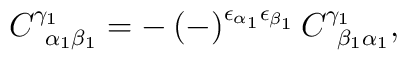
C_{\;\;\alpha _{1}\beta _{1}}^{\gamma _{1}}=-\left( -\right) ^{\epsilon_{\alpha _{1}}\epsilon _{\beta _{1}}}C_{\;\;\beta _{1}\alpha _{1}}^{\gamma_{1}},